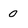
Character: 0